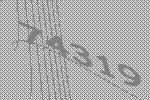
74319